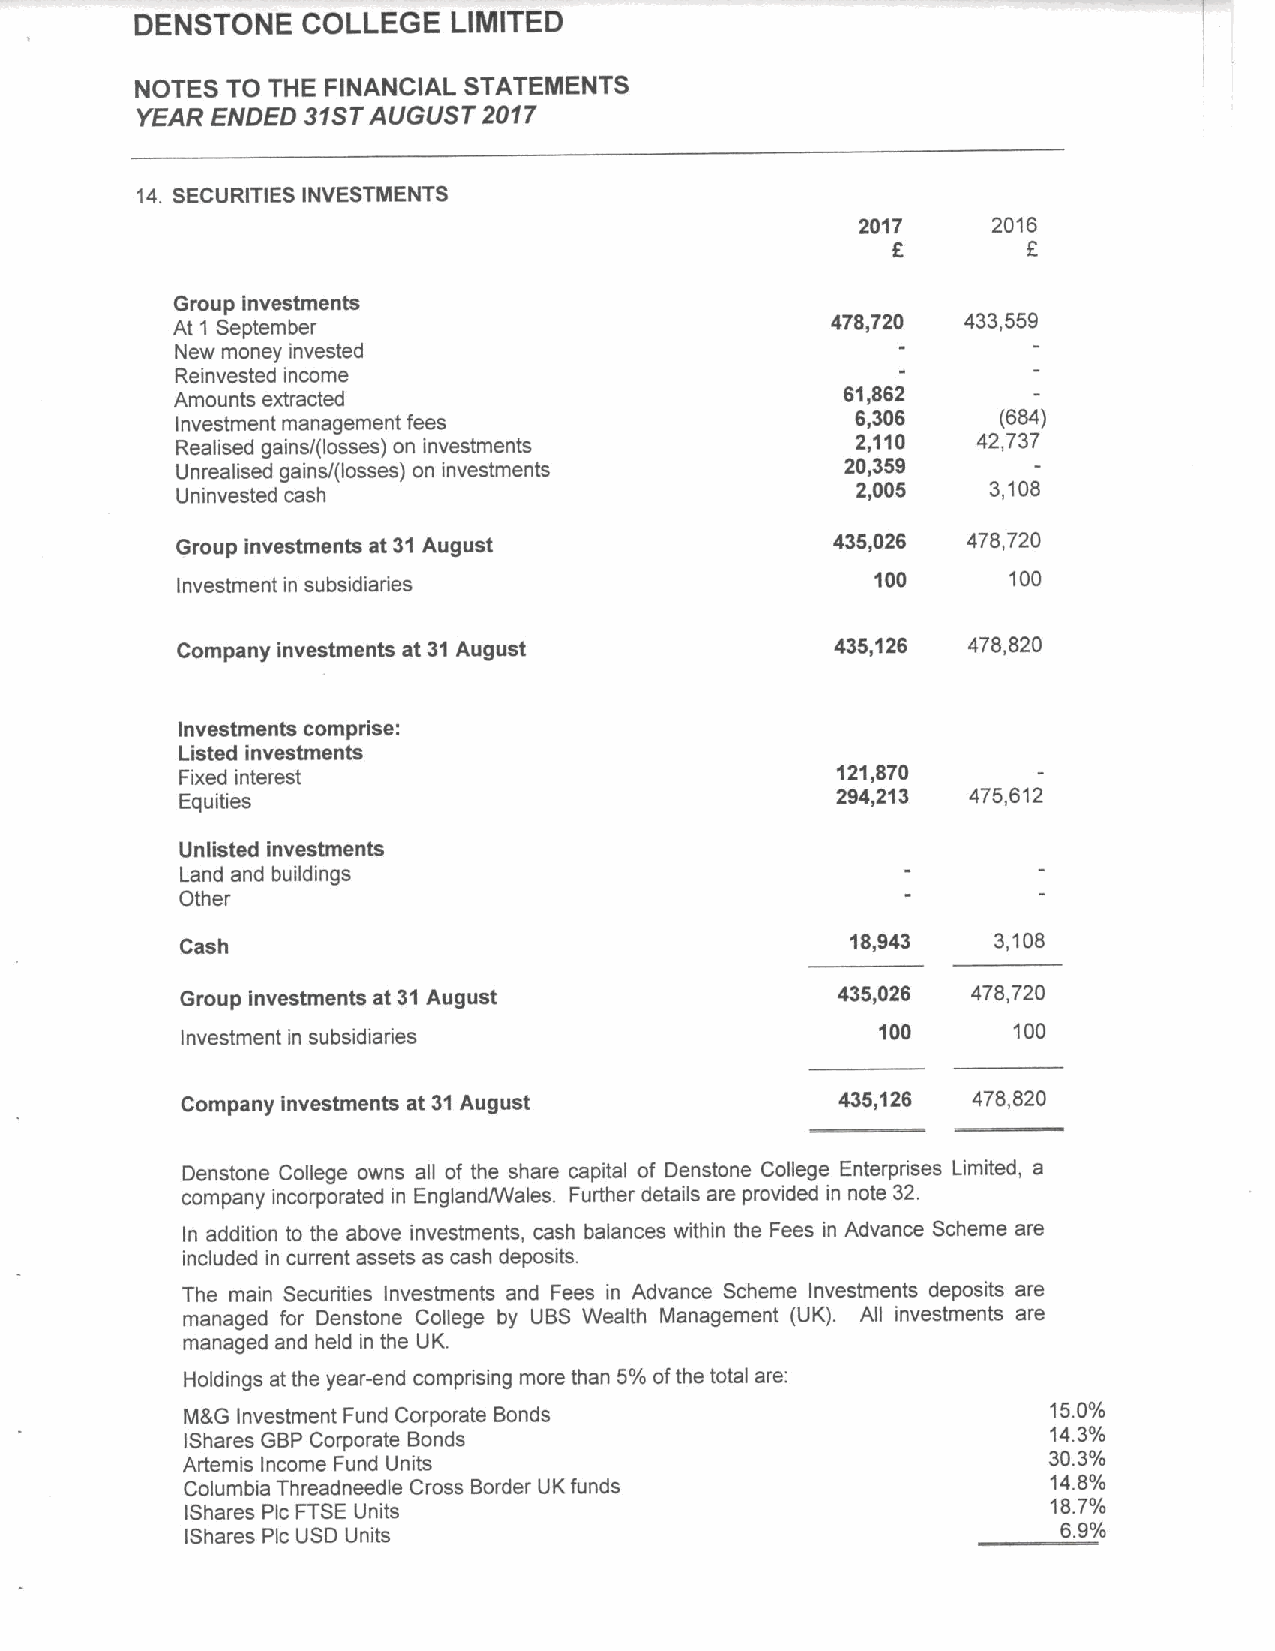
DENSTONE   COLLEGE   LIMITED
 NOTES TO THE FINANCIAL STATEMENTS
 YEAR ENDED 31STAUGUST  2017
 14. SECURITIES INVESTMENTS
 2017     2016
 6        F
 Group investments
 At 1 September
 478,720  433,559
 New money invested
 Reinvested income
 61,862
 Amounts extracted
 Investment management fees                   6,306    (684)
 Realised gains/(losses) on investments
 2,110   42,737
 Unrealised gains/(losses) on investments    20,359
 Uninvested cash                              2,005    3,108
 Group investments at 31August              435,026  478,720
 Investment in subsidiaries                    100      100
 Company investments at 31August            435,126  478,820
 Investments comprise:
 Listed investments
 Fixed interest                             121,870
 Equities
 294,213  475,612
 Unlisted investments
 Land and buildings
 Other
 Cash                                        18,943    3,108
 Group investments at 31August              435,026  478,720
 100      100
 Investment in subsidiaries
 Company investments at 31August             435,126 478,820
 Denstone College owns all of the share capital of Denstone College Enterprises Limited, a
 company incorporated in England/Wales. Further details are provided in note 32.
 In addition to the above investments, cash balances within the Fees in Advance Scheme are
 included in current assets as cash deposits.
 The main Securities Investments and Fees in Advance Scheme Investments deposits are
 managed for Denstone College by UBS Wealth Management (UK). All investments are
 managed and held in the UK.
 Holdings at the year-end comprising more than 5%ofthe total are:
 M&G Investment Fund Corporate Bonds
 150%
 143%
 IShares GBP Corporate Bonds
 30.3%
 Artemis Income Fund Units
 Columbia Threadneedle Cross Border UK funds
 148'/
 IShares Pic FTSE Units
 187'/
 69'/
 IShares Pic USD Units